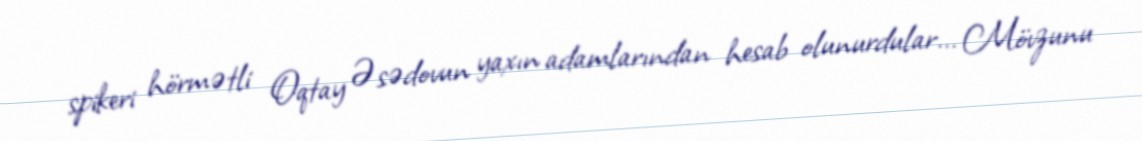
spikeri hörmətli Oqtay Əsədovun yaxın adamlarından hesab olunurdular... Mövzunu